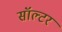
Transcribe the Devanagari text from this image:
सॉल्टर